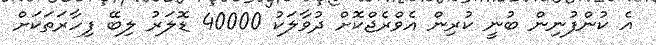
އެ ކުންފުނިން ބުނީ ކުރިން އެވްރެޖްކޮށް ދުވާލަކު 40000 ޑޮލަރު ލިބޭ ފިހާރަތަކަށް